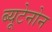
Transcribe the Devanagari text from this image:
ब्यूटेनोन